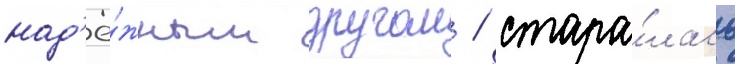
над'ё́жным другом / стара́лась